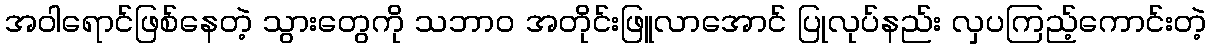
အဝါရောင်ဖြစ်နေတဲ့ သွားတွေကို သဘာ၀ အတိုင်းဖြူလာအောင် ပြုလုပ်နည်း လှပကြည့်ကောင်းတဲ့